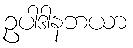
ဥပါဒါနဘယာ